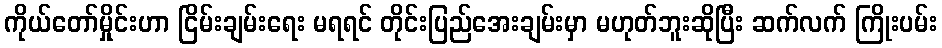
ကိုယ်တော်မှိုင်းဟာ ငြိမ်းချမ်းရေး မရရင် တိုင်းပြည်အေးချမ်းမှာ မဟုတ်ဘူးဆိုပြီး ဆက်လက် ကြိုးပမ်း